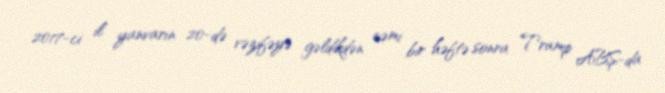
2017-ci il yanvarın 20-də vəzifəyə gəldikdən cəmi bir həftə sonra Tramp ABŞ-da